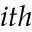
i t h